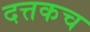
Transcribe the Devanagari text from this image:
दत्तकच